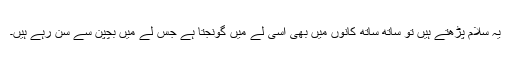
یہ سلام پڑھتے ہیں تو ساتھ ساتھ کانوں میں بھی اسی لے میں گونجتا ہے جس لے میں بچپن سے سن رہے ہیں۔